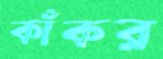
কাঁকর